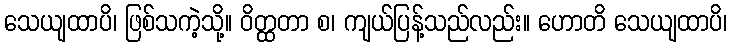
သေယျထာပိ၊ ဖြစ်သကဲ့သို့။ ဝိတ္ထတာ စ၊ ကျယ်ပြန့်သည်လည်း။ ဟောတိ သေယျထာပိ၊